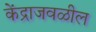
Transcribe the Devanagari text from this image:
केंद्राजवळील